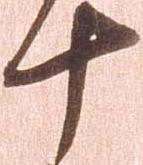
十